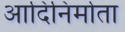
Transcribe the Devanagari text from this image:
आदिनिर्माता